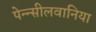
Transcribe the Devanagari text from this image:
पेन्न्सीलवानिया